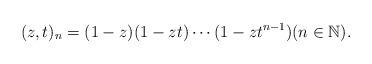
LaTeX: \begin{align*} (z,t)_n = (1-z)(1-zt) \cdots (1-zt^{n-1}) (n \in \mathbb N). \end{align*}